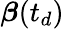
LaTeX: \boldsymbol{\beta}(t_{d})